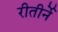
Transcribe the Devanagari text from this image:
रीतीर्ने